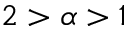
2 > \alpha > 1